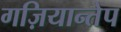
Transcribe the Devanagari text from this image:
गज़ियान्तेप